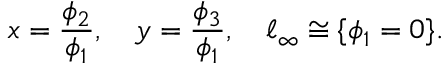
x = { \frac { \phi _ { 2 } } { \phi _ { 1 } } } , \quad y = { \frac { \phi _ { 3 } } { \phi _ { 1 } } } , \quad \ell _ { \infty } \cong \{ \phi _ { 1 } = 0 \} .